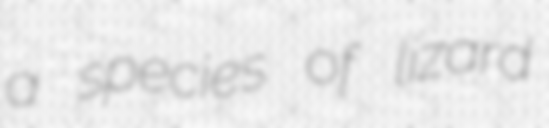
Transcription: a species of lizard